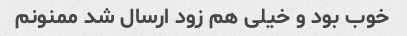
خوب بود و خیلی هم زود ارسال شد ممنونم